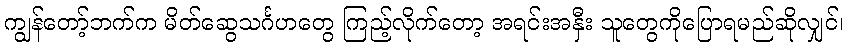
ကျွန်တော့်ဘက်က မိတ်ဆွေသင်္ဂဟတွေ ကြည့်လိုက်တော့ အရင်းအနှီး သူတွေကိုပြောရမည်ဆိုလျှင်၊